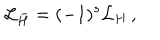
{ \cal L } _ { \bar { H } } = ( - 1 ) ^ { s } { \cal L } _ { H } \, ,